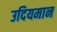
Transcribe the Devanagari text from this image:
उदियमान